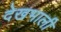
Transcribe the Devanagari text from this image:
देखभाली